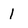
Character: 1